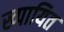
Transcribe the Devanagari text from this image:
ख्पायित